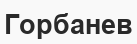
Горбанев